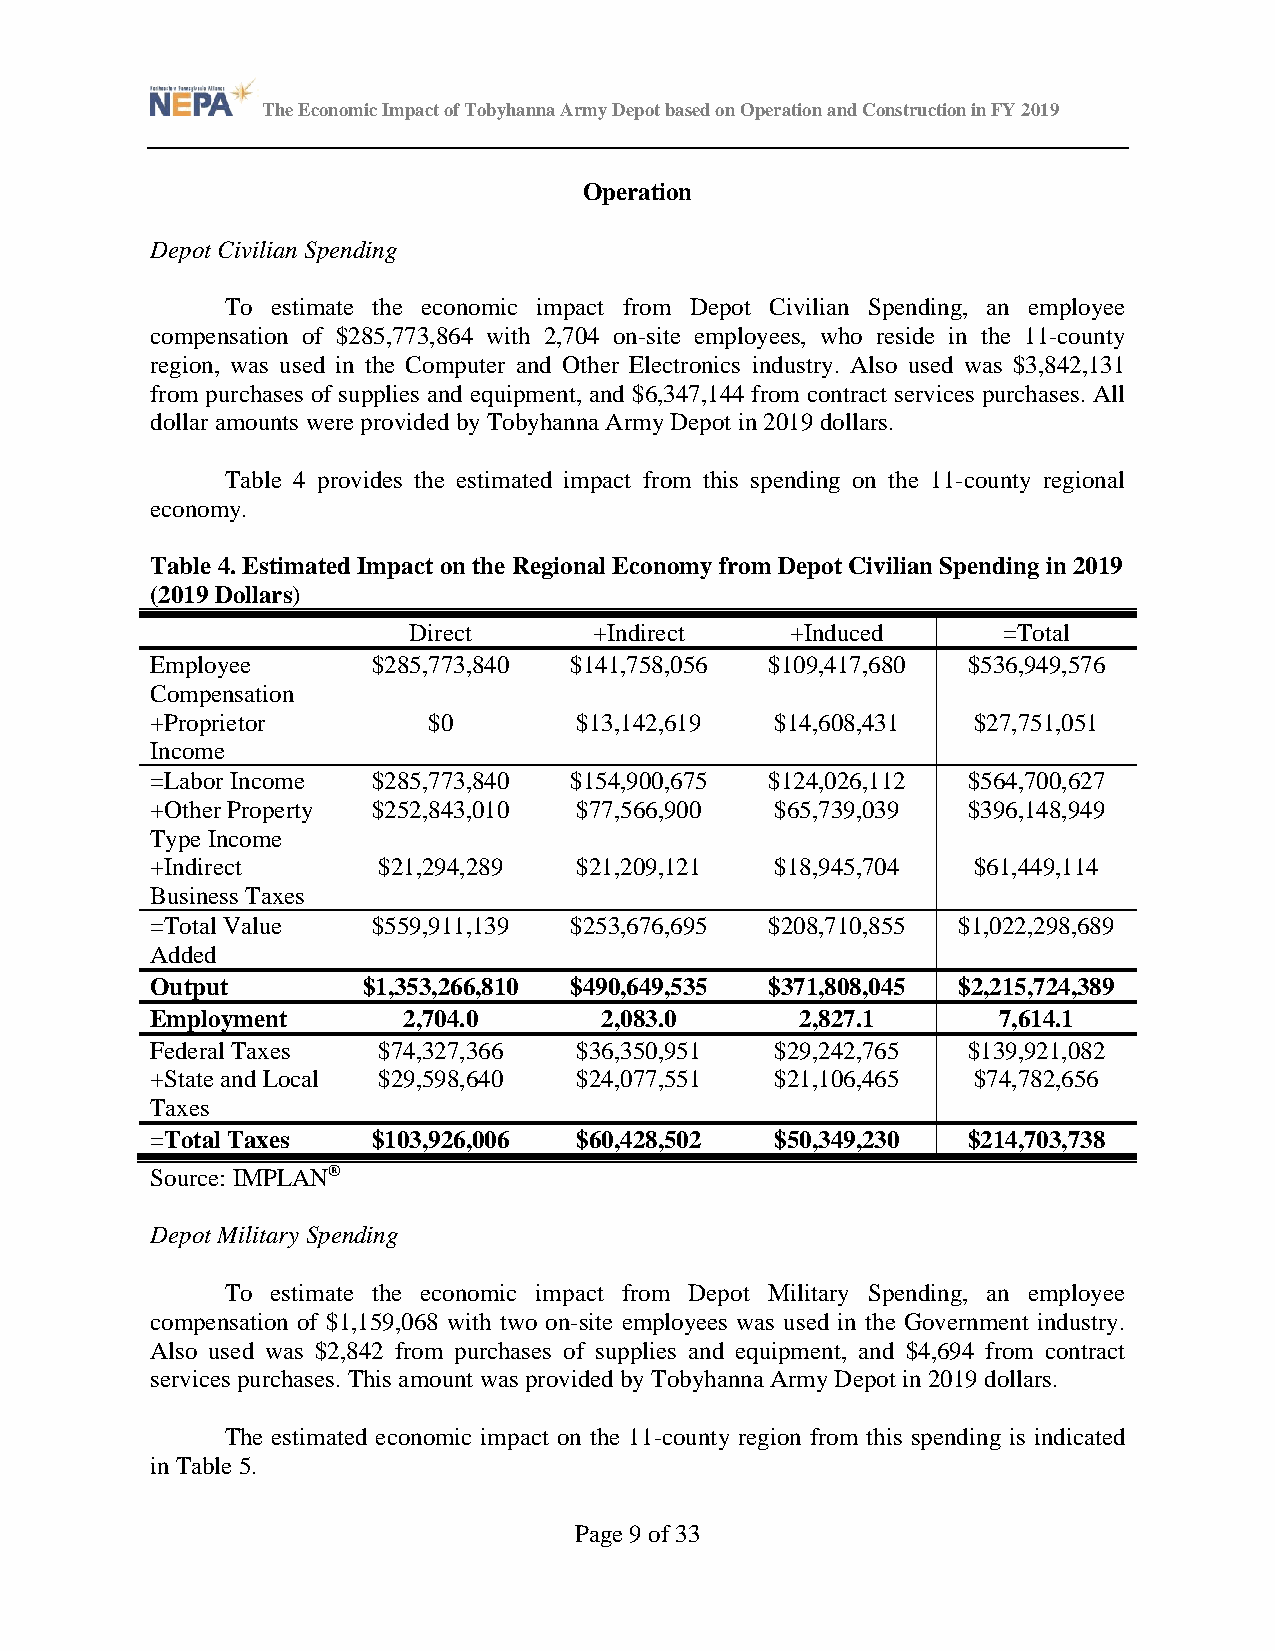
The Economic Impact of Tobyhanna Army Depot based on Operation and Construction in FY 2019
 Operation
 Depot Civilian Spending
 To estimate the economic impact from Depot Civilian Spending, an employee
 compensation of $285,773,864 with 2,704 on-site employees, who reside in the 11-county
 region, was used in the Computer and Other Electronics industry. Also used was $3,842,131
 from purchases of supplies and equipment, and $6,347,144 from contract services purchases. All
 dollar amounts were provided by Tobyhanna Army Depot in 2019 dollars.
 Table 4 provides the estimated impact from this spending on the 11-county regional
 economy.
 Table 4. Estimated Impact on the Regional Economy from Depot Civilian Spending in 2019
 (2019 Dollars)
 Direct      +Indirect    +Induced      =Total
 Employee       $285,773,840 $141,758,056 $109,417,680 $536,949,576
 Compensation
 +Proprietor       $0        $13,142,619  $14,608,431  $27,751,051
 Income
 =Labor Income  $285,773,840 $154,900,675 $124,026,112 $564,700,627
 +Other Property $252,843,010 $77,566,900 $65,739,039  $396,148,949
 Type Income
 +Indirect      $21,294,289  $21,209,121  $18,945,704  $61,449,114
 Business Taxes
 =Total Value   $559,911,139 $253,676,695 $208,710,855 $1,022,298,689
 Added
 Output        $1,353,266,810 $490,649,535 $371,808,045 $2,215,724,389
 Employment       2,704.0      2,083.0      2,827.1      7,614.1
 Federal Taxes  $74,327,366  $36,350,951  $29,242,765  $139,921,082
 +State and Local $29,598,640 $24,077,551 $21,106,465  $74,782,656
 Taxes
 =Total Taxes   $103,926,006 $60,428,502  $50,349,230  $214,703,738
 Source: IMPLAN®
 Depot Military Spending
 To estimate the economic impact from Depot Military Spending, an employee
 compensation of $1,159,068 with two on-site employees was used in the Government industry.
 Also used was $2,842 from purchases of supplies and equipment, and $4,694 from contract
 services purchases. This amount was provided by Tobyhanna Army Depot in 2019 dollars.
 The estimated economic impact on the 11-county region from this spending is indicated
 in Table 5.
 Page 9 of 33